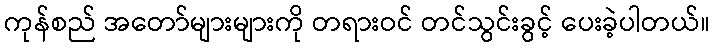
ကုန်စည် အတော်များများကို တရားဝင် တင်သွင်းခွင့် ပေးခဲ့ပါတယ်။